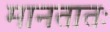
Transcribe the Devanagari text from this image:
मानतातः